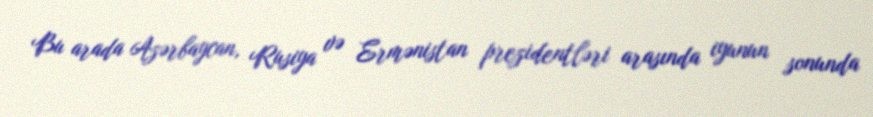
Bu arada Azərbaycan, Rusiya və Ermənistan prezidentləri arasında iyunun sonunda